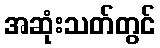
အဆုံးသတ်တွင်